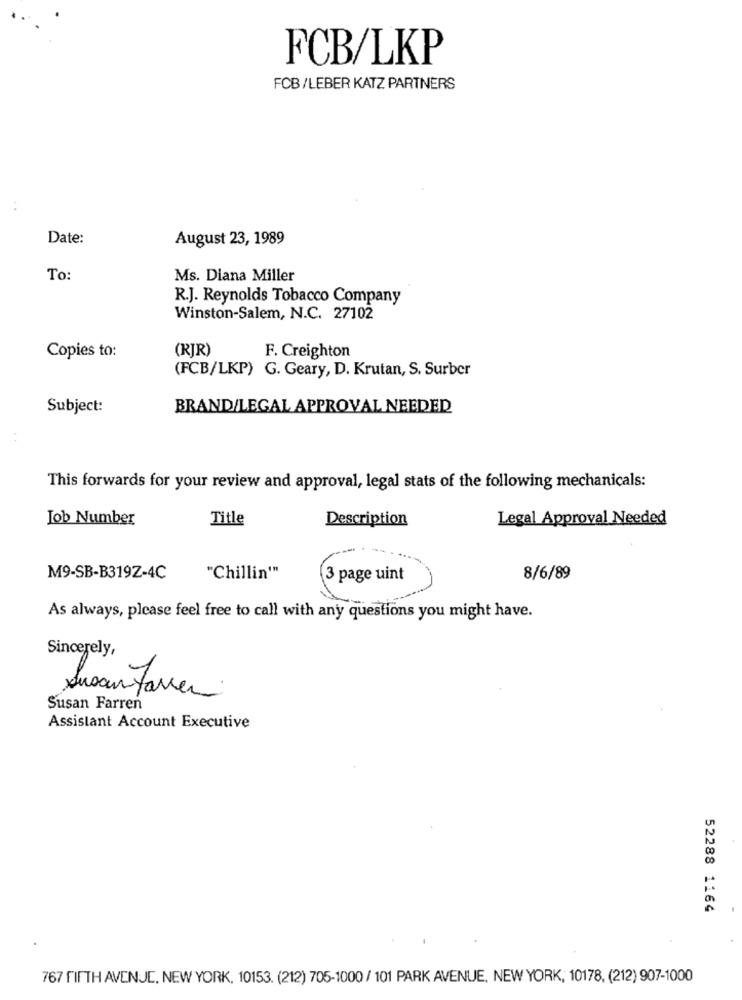
FCB/LKP
FCB/LEBER KATZ PARTNERS
Date:
August 23, 1989
To:
Ms. Diana Miller
R.J. Reynolds Tobacco Company
Winston-Salem, N.C. 27102
(RJR)
F. Creighton
Copies to:
(FCB/LKP) G. Geary, D. Krutan, S. Surber
Subject:
BRAND/LEGAL APPROVAL NEEDED
This forwards for your review and approval, legal stats of the following mechanicals:
Job Number
Title
Description
Legal Approval Needed
M9-SB-B319Z-4C
"Chillin'"
3 page uint
8/6/89
As always, please feel free to call with any questions you might have.
Sincerely,
SusanJavier
Susan Farren
Assistant Account Executive
52288 1164
767 FIFTH AVENUE, NEW YORK, 10153. (212) 705-1000 / 101 PARK AVENUE, NEW YORK, 10178, (212) 907-1000